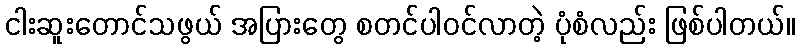
ငါးဆူးတောင်သဖွယ် အပြားတွေ စတင်ပါဝင်လာတဲ့ ပုံစံလည်း ဖြစ်ပါတယ်။